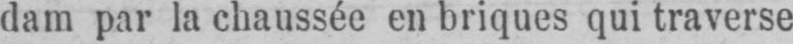
dam par la chaussée en briques qui traverse